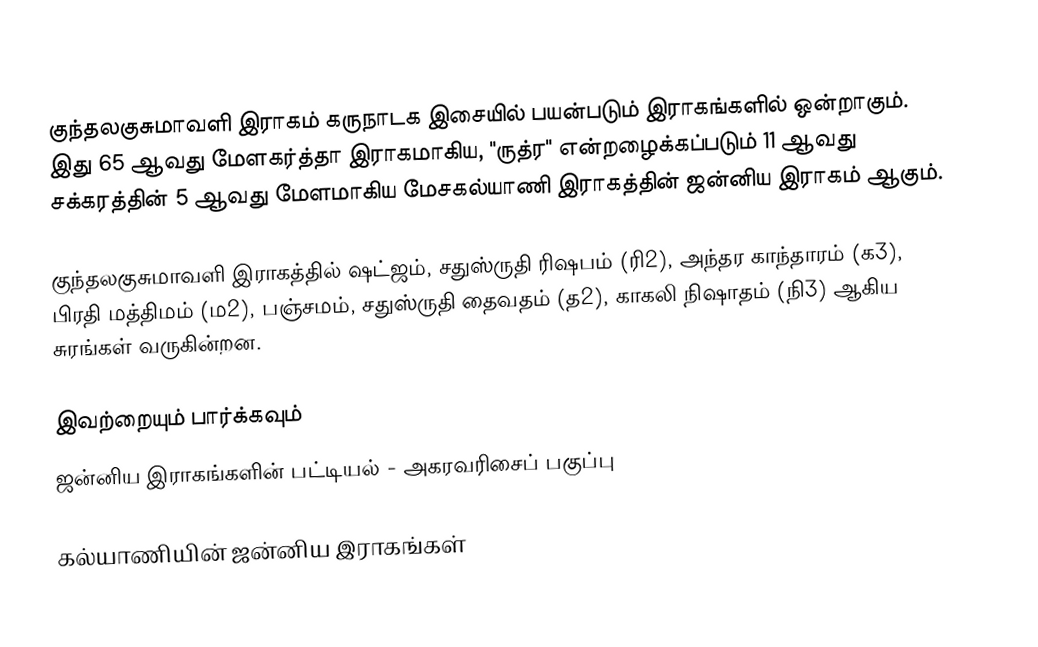
குந்தலகுசுமாவளி இராகம் கருநாடக இசையில் பயன்படும் இராகங்களில் ஒன்றாகும். இது 65 ஆவது மேளகர்த்தா இராகமாகிய, "ருத்ர" என்றழைக்கப்படும் 11 ஆவது சக்கரத்தின் 5 ஆவது மேளமாகிய மேசகல்யாணி இராகத்தின் ஜன்னிய இராகம் ஆகும்.

குந்தலகுசுமாவளி இராகத்தில் ஷட்ஜம், சதுஸ்ருதி ரிஷபம் (ரி2),  அந்தர காந்தாரம் (க3), பிரதி மத்திமம் (ம2), பஞ்சமம்,  சதுஸ்ருதி தைவதம் (த2), காகலி நிஷாதம்  (நி3) ஆகிய சுரங்கள் வருகின்றன.

இவற்றையும் பார்க்கவும்
 ஜன்னிய இராகங்களின் பட்டியல் - அகரவரிசைப் பகுப்பு

கல்யாணியின் ஜன்னிய இராகங்கள்